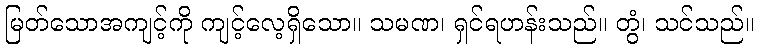
မြတ်သောအကျင့်ကို ကျင့်လေ့ရှိသော။ သမဏ၊ ရှင်ရဟန်းသည်။ တွံ၊ သင်သည်။